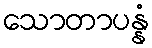
သောတာပန္နံ